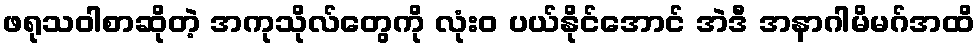
ဖရုသဝါစာဆိုတဲ့ အကုသိုလ်တွေကို လုံးဝ ပယ်နိုင်အောင် အဲဒီ အနာဂါမိမဂ်အထိ